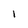
Character: 1